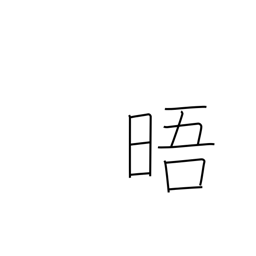
Meaning: clear